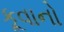
કૂવાનો